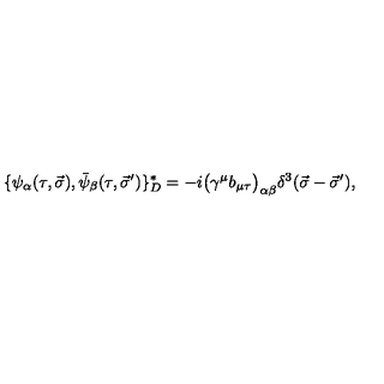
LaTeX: \{ \psi _ { \alpha } ( \tau , \vec { \sigma } ) , \bar { \psi } _ { \beta } ( \tau , \vec { \sigma } ^ { \prime } ) \} _ { D } ^ { \ast } = - i \big ( \gamma ^ { \mu } b _ { \mu \tau } \big ) _ { \alpha \beta } \delta ^ { 3 } ( \vec { \sigma } - \vec { \sigma } ^ { \prime } ) ,